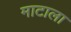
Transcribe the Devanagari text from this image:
माटाला